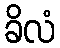
ခိလံ